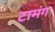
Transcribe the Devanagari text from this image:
टामंग